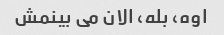
اوه، بله، الان می بینمش